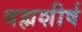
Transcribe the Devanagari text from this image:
बह्मशीर्ष